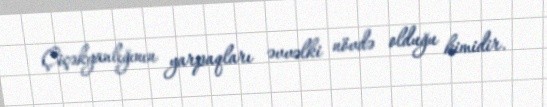
Çiçəkyanlığının yarpaqları əvvəlki növdə olduğu kimidir.